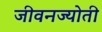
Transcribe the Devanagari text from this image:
जीवनज्योती